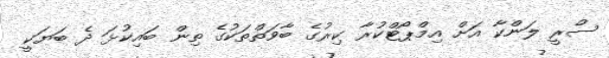
ސްރީ ލަންކާ އަށް އިމްޕޯޓްކުރާ ކިރުގެ ބާވަތްތަކުގެ ތިން ބައިކުޅަ ދެ ބަޔަކީ